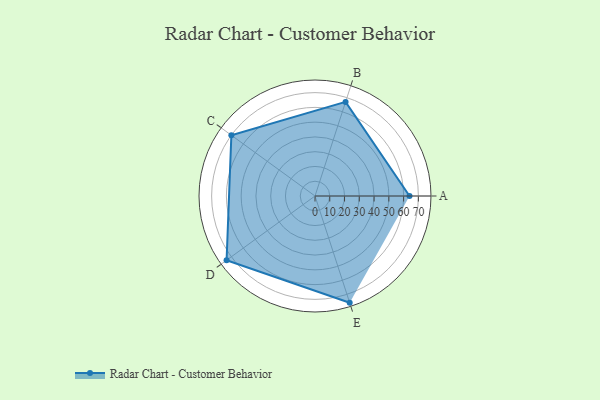
{"axis": {"x": "Skill", "y": "Score"}, "legend": ["Profile"], "data": [{"x": "A", "y": 64.0, "type": "Profile"}, {"x": "B", "y": 67.0, "type": "Profile"}, {"x": "C", "y": 70.0, "type": "Profile"}, {"x": "D", "y": 74.0, "type": "Profile"}, {"x": "E", "y": 76.0, "type": "Profile"}]}